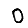
Digit: 0